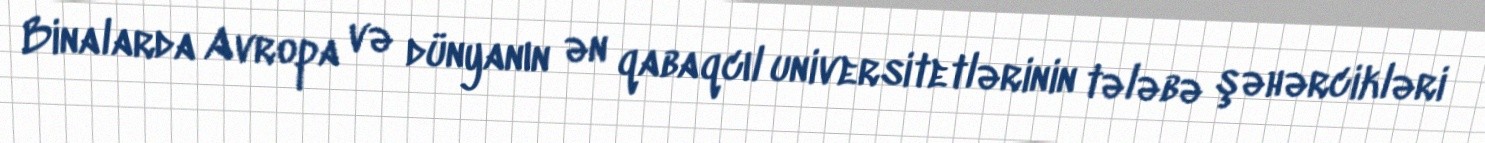
Binalarda Avropa və dünyanın ən qabaqcıl universitetlərinin tələbə şəhərcikləri